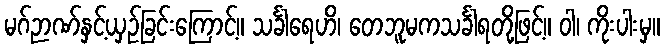
မဂ်ဉာဏ်နှင့်ယှဉ်ခြင်းကြောင့်။ သင်္ခါရေဟိ၊ တေဘူမကသင်္ခါရတို့ဖြင့်။ ဝါ၊ ကိုးပါးမှ။